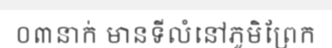
០៣នាក់ មានទីលំនៅភូមិព្រែក